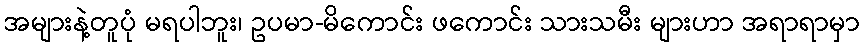
အများနဲ့တူပုံ မရပါဘူး၊ ဥပမာ-မိကောင်း ဖကောင်း သားသမီး များဟာ အရာရာမှာ